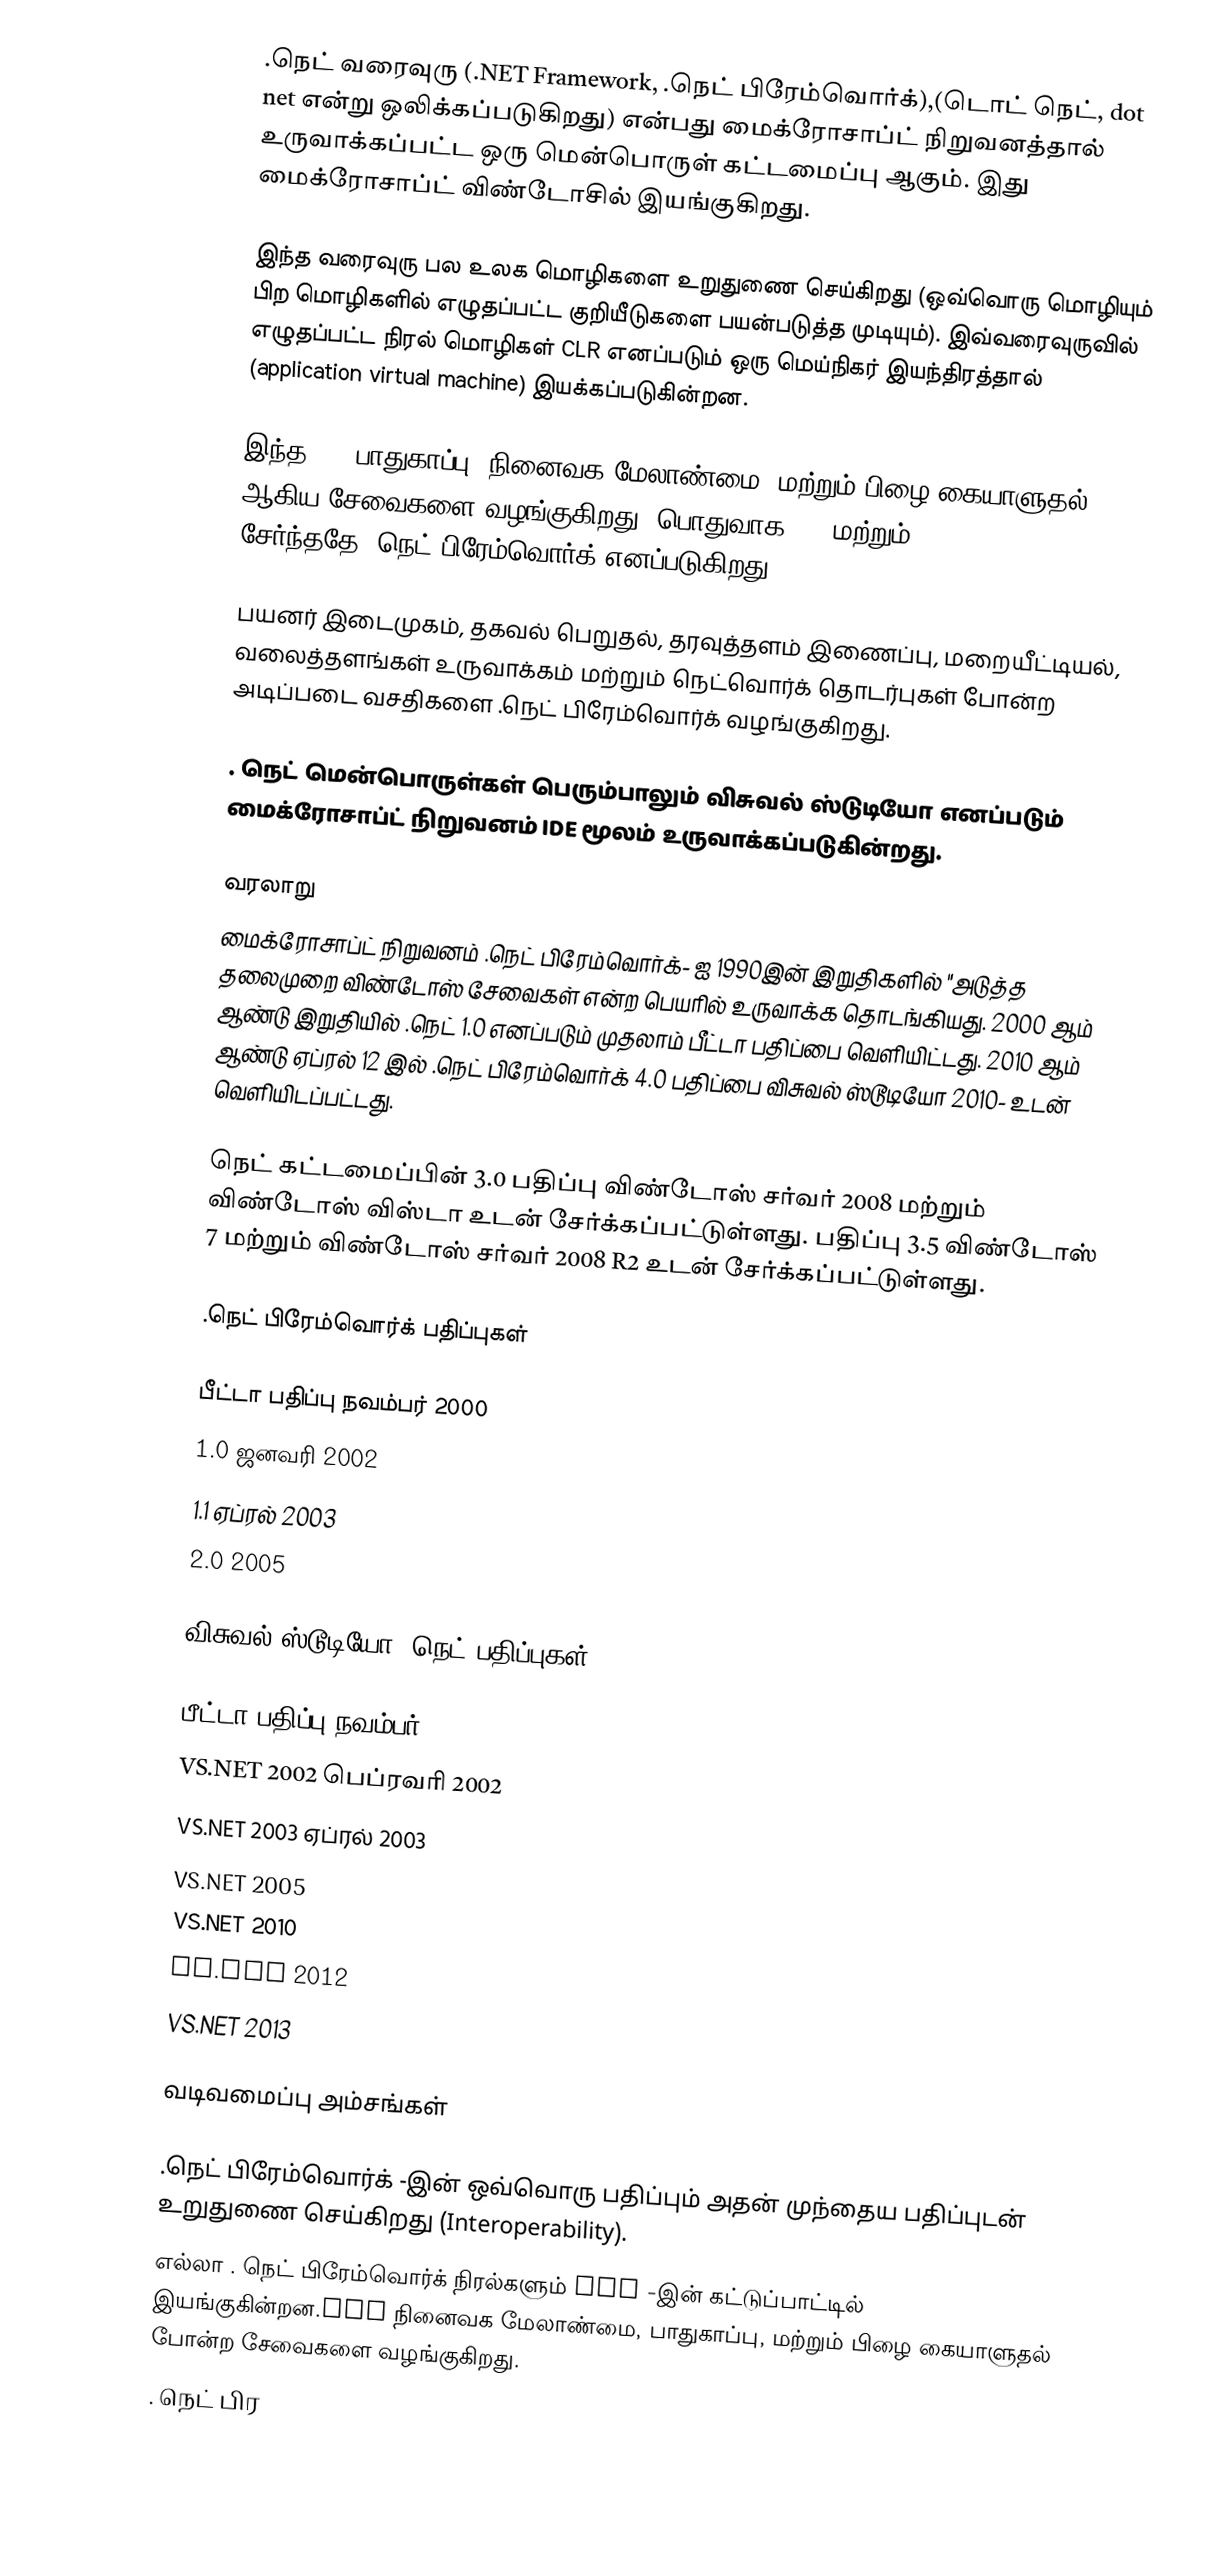
.நெட் வரைவுரு (.NET Framework, .நெட் பிரேம்வொர்க்),(டொட் நெட், dot net என்று ஒலிக்கப்படுகிறது) என்பது மைக்ரோசாப்ட் நிறுவனத்தால் உருவாக்கப்பட்ட ஒரு மென்பொருள் கட்டமைப்பு ஆகும். இது மைக்ரோசாப்ட் விண்டோசில் இயங்குகிறது.

இந்த வரைவுரு பல உலக மொழிகளை உறுதுணை செய்கிறது (ஒவ்வொரு மொழியும் பிற மொழிகளில் எழுதப்பட்ட குறியீடுகளை பயன்படுத்த முடியும்). இவ்வரைவுருவில் எழுதப்பட்ட நிரல் மொழிகள் CLR எனப்படும் ஒரு மெய்நிகர் இயந்திரத்தால் (application virtual machine) இயக்கப்படுகின்றன.

இந்த CLR பாதுகாப்பு, நினைவக மேலாண்மை, மற்றும் பிழை கையாளுதல் ஆகிய சேவைகளை வழங்குகிறது. பொதுவாக CLR மற்றும் Class Library சேர்ந்ததே .நெட் பிரேம்வொர்க் எனப்படுகிறது.

பயனர் இடைமுகம், தகவல் பெறுதல், தரவுத்தளம் இணைப்பு, மறையீட்டியல், வலைத்தளங்கள் உருவாக்கம் மற்றும் நெட்வொர்க் தொடர்புகள் போன்ற அடிப்படை வசதிகளை .நெட் பிரேம்வொர்க் வழங்குகிறது.

. நெட் மென்பொருள்கள் பெரும்பாலும் விசுவல் ஸ்டுடியோ எனப்படும் மைக்ரோசாப்ட் நிறுவனம் IDE மூலம் உருவாக்கப்படுகின்றது.

வரலாறு
மைக்ரோசாப்ட் நிறுவனம் .நெட் பிரேம்வொர்க்- ஐ 1990இன் இறுதிகளில் "அடுத்த தலைமுறை விண்டோஸ் சேவைகள் என்ற பெயரில் உருவாக்க தொடங்கியது. 2000 ஆம் ஆண்டு இறுதியில் .நெட் 1.0 எனப்படும் முதலாம் பீட்டா பதிப்பை வெளியிட்டது. 2010 ஆம் ஆண்டு ஏப்ரல் 12 இல் .நெட் பிரேம்வொர்க் 4.0 பதிப்பை விசுவல் ஸ்டூடியோ 2010- உடன் வெளியிடப்பட்டது.

நெட் கட்டமைப்பின் 3.0 பதிப்பு  விண்டோஸ் சர்வர் 2008 மற்றும் விண்டோஸ் விஸ்டா உடன் சேர்க்கப்பட்டுள்ளது. பதிப்பு 3.5 விண்டோஸ் 7 மற்றும் விண்டோஸ் சர்வர் 2008 R2 உடன் சேர்க்கப்பட்டுள்ளது.

.நெட் பிரேம்வொர்க் பதிப்புகள்

 பீட்டா பதிப்பு நவம்பர் 2000
 1.0 ஜனவரி 2002
 1.1 ஏப்ரல் 2003
 2.0 2005

விசுவல் ஸ்டூடியோ .நெட் பதிப்புகள்

பீட்டா பதிப்பு நவம்பர் 2000
VS.NET 2002 பெப்ரவரி 2002
VS.NET 2003 ஏப்ரல் 2003
VS.NET 2005
VS.NET 2010
VS.NET 2012
VS.NET 2013

வடிவமைப்பு அம்சங்கள்

 .நெட் பிரேம்வொர்க் -இன் ஒவ்வொரு பதிப்பும் அதன் முந்தைய பதிப்புடன் உறுதுணை செய்கிறது (Interoperability).
 எல்லா . நெட் பிரேம்வொர்க் நிரல்களும் CLR -இன் கட்டுப்பாட்டில் இயங்குகின்றன.CLR நினைவக மேலாண்மை, பாதுகாப்பு, மற்றும் பிழை கையாளுதல் போன்ற சேவைகளை வழங்குகிறது.
. நெட் பிர